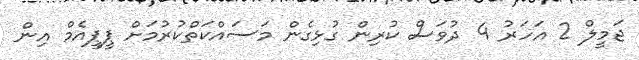
ޖަމީލް 2 އަހަރު 4 ދުވަސް ކުރިން ގުޅިގެން މަސައްކަތްކުރުމަށް ޕީޕީއެމް އިން